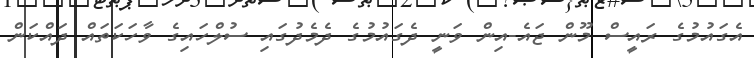
އެގައުމުގެ ރައީސް މޫން ޖައެ-އިން ވަނީ ދެގައުމުގެ ދެމެދުގައި ސުލްހައިގެ ވާހަކަތައް ދައްކަން